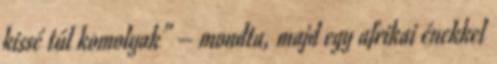
kissé túl komolyak” – mondta, majd egy afrikai énekkel